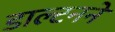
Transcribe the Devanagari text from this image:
डाल्टनने